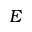
E